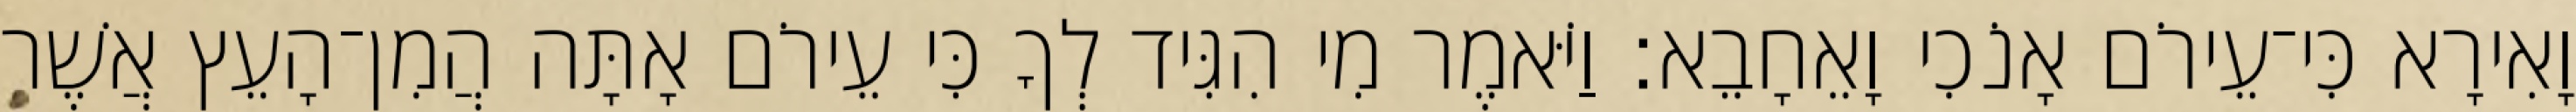
וָאִירָא כִּי־עֵירֹם אָנֹכִי וָאֵחָבֵא׃ וַיֹּאמֶר מִי הִגִּיד לְךָ כִּי עֵירֹם אָתָּה הֲמִן־הָעֵץ אֲשֶׁר